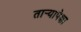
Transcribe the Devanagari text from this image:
तार्‍यापेक्षा